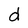
Character: d